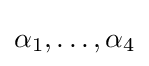
\alpha _{1},\ldots ,\alpha _{4}